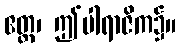
ဧတ္ထ၊ ဤပါရာဇိက၌။